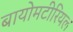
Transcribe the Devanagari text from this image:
बायोमटीरियल